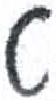
אות: ט